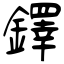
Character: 鐸